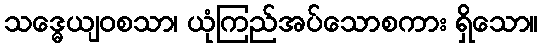
သဒ္ဓေယျဝစသာ၊ ယုံကြည်အပ်သောစကား ရှိသော။